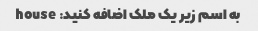
به اسم زیر یک ملک اضافه کنید: house